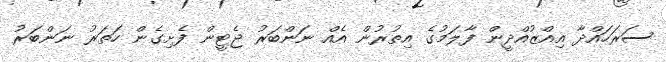
ސަރަހައްދާ އިއްޒުއްދީން ފާލަމުގެ އިތުރުން އެއް ނަންބަރު ޖެޓީން ފެށިގެން ހަތަރު ނަންބަރު